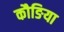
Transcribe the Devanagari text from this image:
कौङिया